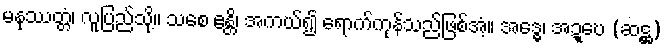
မနုဿတ္တံ၊ လူပြည်သို့။ သစေ ဧန္တိ၊ အကယ်၍ ရောက်ကုန်သည်ဖြစ်အံ့။ အဒ္ဓေ၊ အဍ္ဎေ (ဆဋ္ဌ)